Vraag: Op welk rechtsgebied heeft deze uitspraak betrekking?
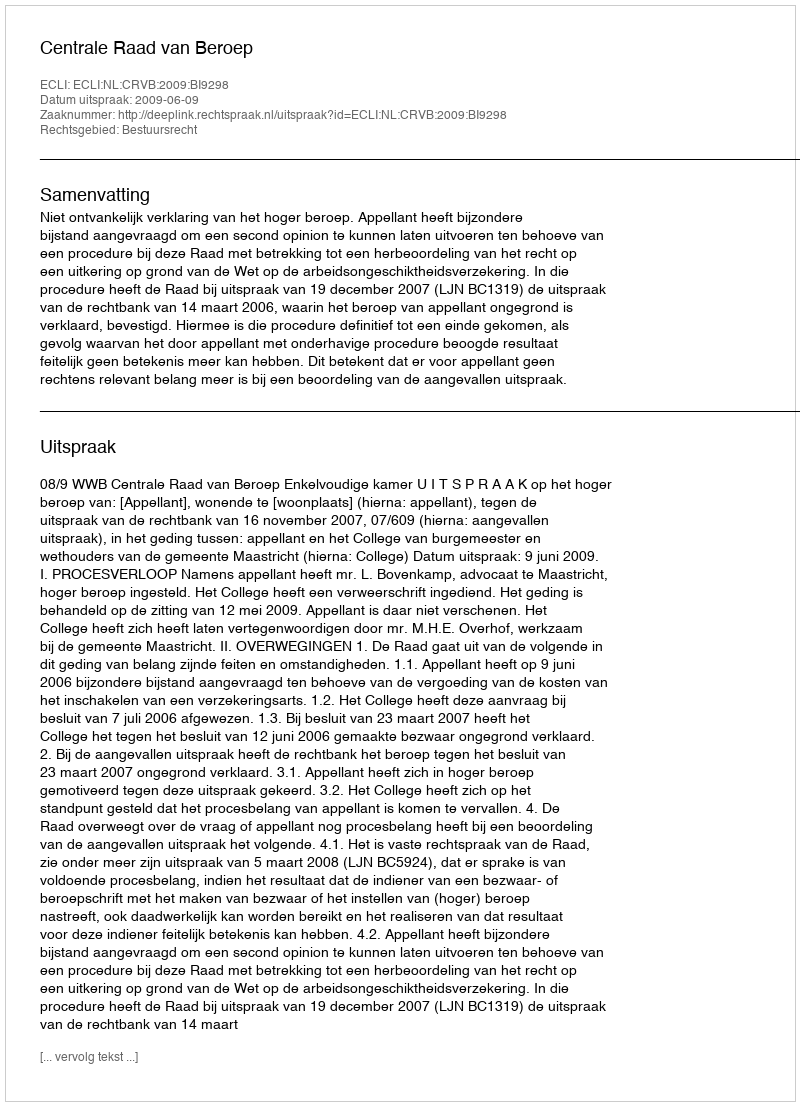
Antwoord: Bestuursrecht